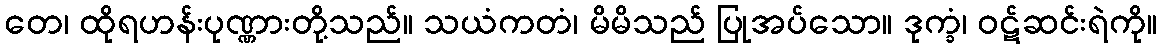
တေ၊ ထိုရဟန်းပုဏ္ဏားတို့သည်။ သယံကတံ၊ မိမိသည် ပြုအပ်သော။ ဒုက္ခံ၊ ဝဋ်ဆင်းရဲကို။